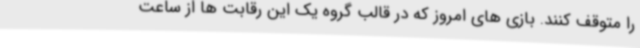
را متوقف کنند. بازی های امروز که در قالب گروه یک این رقابت ها از ساعت